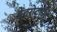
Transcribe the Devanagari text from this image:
डेंटरोटोकी